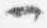
一